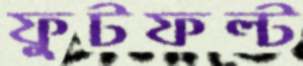
ফুটফল্ট